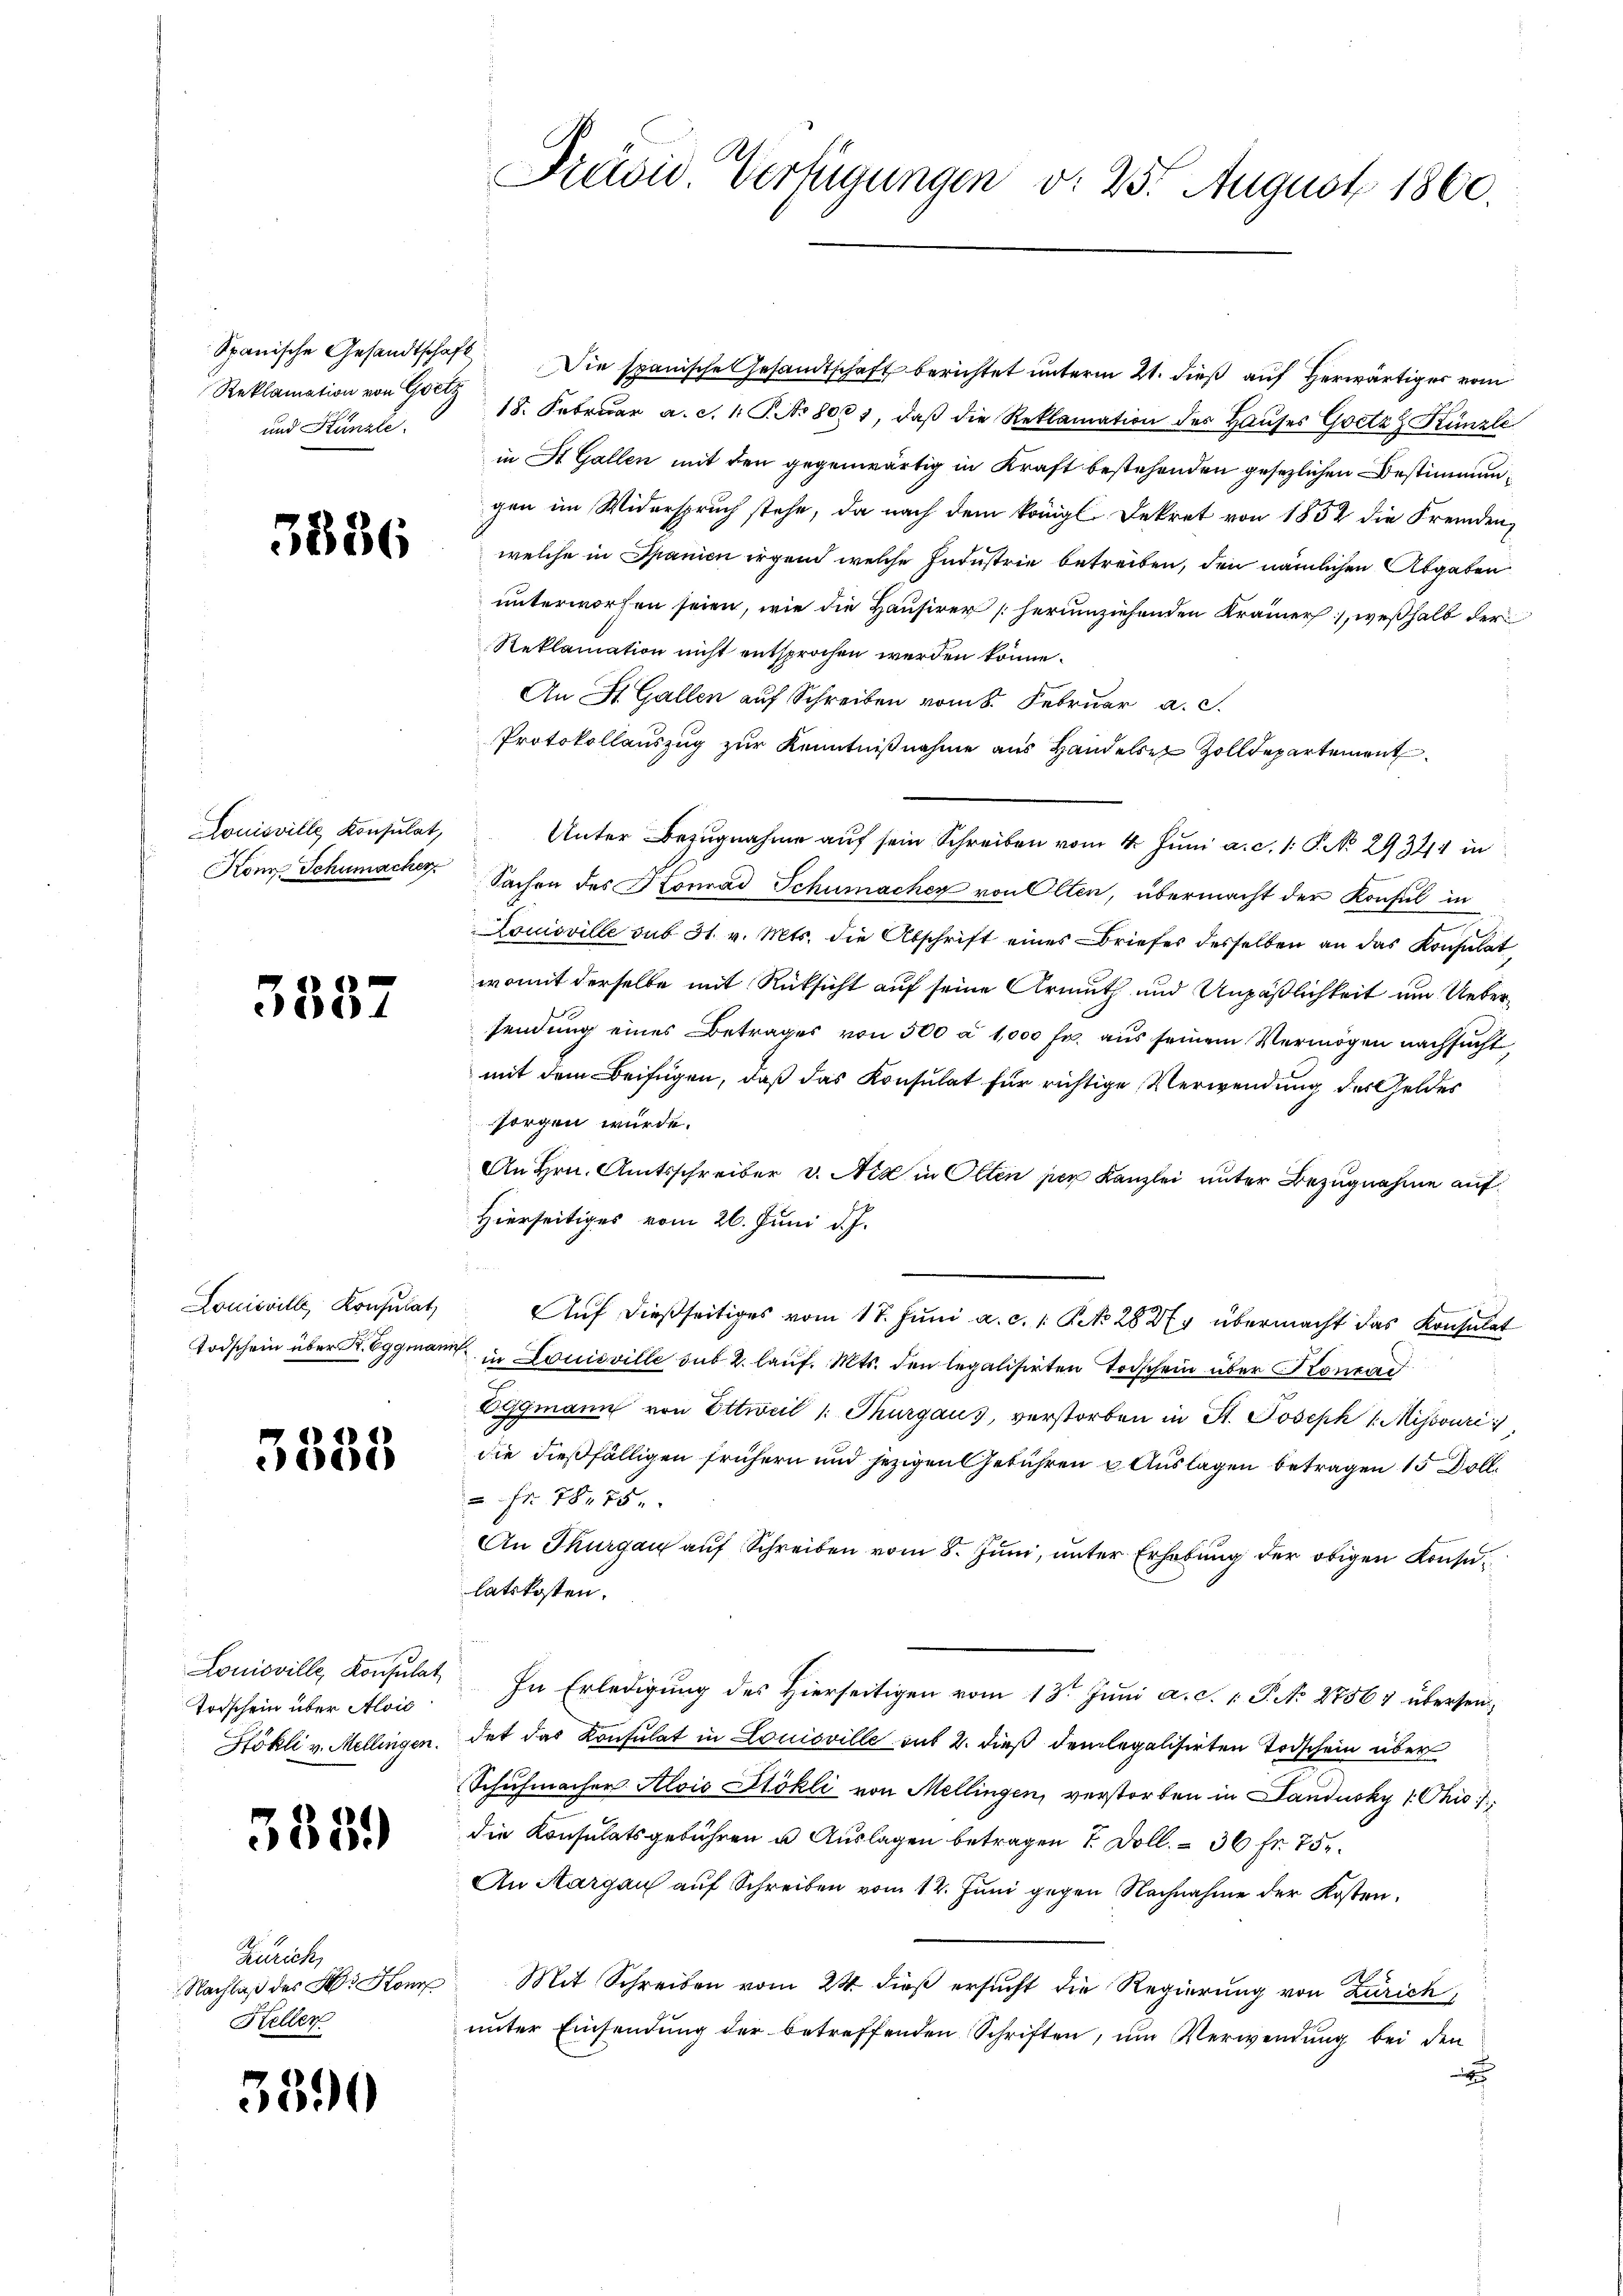
und Kanzle

3336

Louisville Konsulat,
Konn Schumacher

3387

Louisville Konsulat
Todschein über K. Eggman

3333

Louisville, Konsulat
Torschein über Alois
Pfökli v. Mellingen.

3359

Zürich,
Nachlaß des Hs. Kon
Keller

3390

Preisig. Verfügungen v. 25. August 1860.

Spanische Gesandtschaft. Die spanische Gesandtschaft berichtet unterm 21. dieß auf Herr
Reklamation von 9 18. Febrŭar a. c. 1 S. No 8001, daβ die Reklamation des Haŭses Goetz & Künzli
in St. Gallen mit den gegenwärtig in Kraft bestehenden gesezlichen Bestimmungen im Widerspruch stehe, da nach dem Königl. Dekret von 1852 die Fremden,
welche in Spanien irgend welche Industrie betreiben, den nämlichen Abgaben
unterworfen seien, wie die Hausirer herumziehenden Krämer, weßhalb der
Reklamation nicht entsprochen werden könne.
An St. Gallen auf Schreiben vom 8. Februar a. c.
Protokollauszug zur Kenntnißnahme aus Handelser Zolldepartement
Unter Bezugnahme auf sein Schreiben vom 4. Juni a. c. 1: P. No 29324 in
Sachen des Konrad Schumachen von Olten, übermacht der Konsul in
Louisville sub 31. v. Mts. die Abschrift eines Briefes desselben an das Konsulat
womit derselbe mit Rücksicht auf seine Armuth und Unpäßlichkeit um Uebersendung eines Betrages von 500 à 1,000 Fr. aus seinem Vermögen nachsucht,
mit dem Beifügen, daß das Konsulat für richtige Verwendung des Geldes
sorgen würde.
An Hrn. Amtsschreiber v. Nid in Olten per Kanzlei unter Bezugnahme auf
Hierseitiges vom 26. Juni d. J.
Auf dießseitiges vom 17. Juni a. c. 1 dto 28274 übermacht das Konsulat
in Louisville sub 2. laŭf. Mts. den legalisirten Todschein über Konrad
Eggmann von Ettweil 1: Thurgaus, verstorben in St. Joseph 1 Missvuri
die dießfälligen frühern und jezigen Gebühren & Auslagen betragen 15 Doll¬
 Fr. 1875
An Thurgau auf Schreiben vom 8. Juni, unter Erhebung der obigen Konsulatskosten.
In Erledigung des Hierseitigen vom 13t Juni a. c. 1. P. N. 27567 übersendet das Konsulat in Louisville sub 2. dieß dem legalisirten Todschein über
Schuhmacher Alois Stokli von Mellingen, verstorben in Landusky 1 Ohio /:
die Konsulatsgebühren u. Auslagen betragen T. Doll. – 36 Fr. 75.
An Margau auf Schreiben vom 12. Juni gegen Nachnahme der Kosten,
Mit Schreiben vom 24. dieß ersucht die Regierung von Zürich,
unter Einsendung der betreffenden Schriften, um Verwendung bei den
x